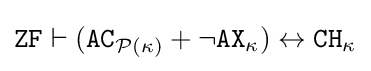
{\texttt {ZF}}\vdash ({\texttt {AC}}_{{\mathcal {P}}(\kappa )}+\neg {\texttt {AX}}_{\kappa })\leftrightarrow {\texttt {CH}}_{\kappa }